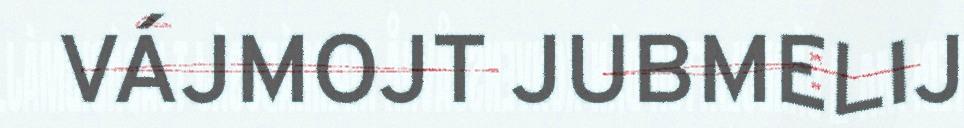
VÁJMOJT JUBMELIJ